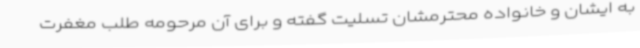
به ایشان و خانواده محترمشان تسلیت گفته و برای آن مرحومه طلب مغفرت